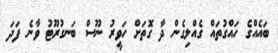
ބައެއްގެ ހައްގުތައް ގެއްލިގެން ދާ ގޮތަށް ހަވީރު ނޫސް ބަނގުރޫޓު ވާނެ ފަދަ